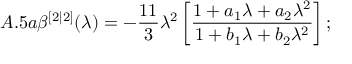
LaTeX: A . 5 a \beta ^ { [ 2 | 2 ] } ( \lambda ) = - \frac { 1 1 } { 3 } \lambda ^ { 2 } \left[ \frac { 1 + a _ { 1 } \lambda + a _ { 2 } \lambda ^ { 2 } } { 1 + b _ { 1 } \lambda + b _ { 2 } \lambda ^ { 2 } } \right] ;